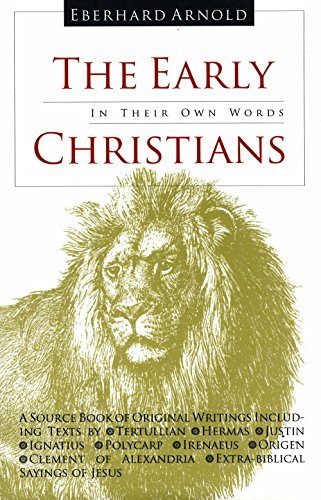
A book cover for The Early Christians: In Their Own Words; Tertullian; Religion & Spirituality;